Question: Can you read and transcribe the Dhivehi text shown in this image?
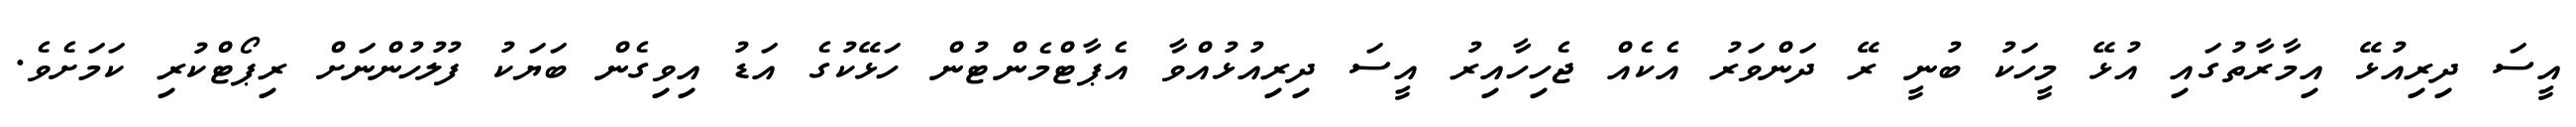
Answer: އީސަ ދިރިއުޅޭ އިމާރާތުގައި އުޅޭ މީހަކު ބުނީ ރޭ ދަންވަރު އެކެއް ޖެހިހާއިރު އީސަ ދިރިއުޅުއްވާ އެޕާޓްމެންޓުން ހަޅޭކުގެ އަޑު އިވިގެން ބަޔަކު ފުލުހުންނަށް ރިޕޯޓްކުރި ކަމަށެވެ.